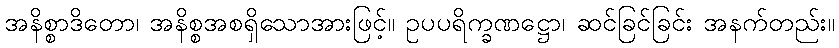
အနိစ္စာဒိတော၊ အနိစ္စအစရှိသောအားဖြင့်။ ဥပပရိက္ခဏဋ္ဌော၊ ဆင်ခြင်ခြင်း အနက်တည်း။